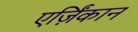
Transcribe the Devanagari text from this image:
एर्ज़िंकान